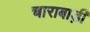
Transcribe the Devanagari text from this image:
चाराबाड़ी